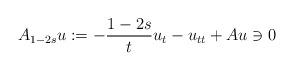
LaTeX: \begin{align*} A_{1-2s}u:= -\frac{1-2s}{t}u_{t}-u_{tt}+Au\ni 0\end{align*}